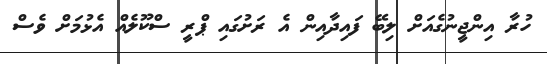
ހުރާ އިންޖީނުގެއަށް ލިބޭ ފައިދާއިން އެ ރަށުގައި ޕްރީ ސްކޫލެއް އެޅުމަށް ވެސް